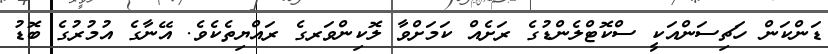
ޑަންކަން ހަޗިސަންއަކީ ސްކޮޓްލެންޑުގެ ރަށެއް ކަމަށްވާ ލޮކިންވަރގެ ރައްޔިތެކެވެ. އޭނާގެ އުމުރުގެ ބޮޑު